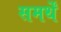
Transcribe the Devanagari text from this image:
समर्थें